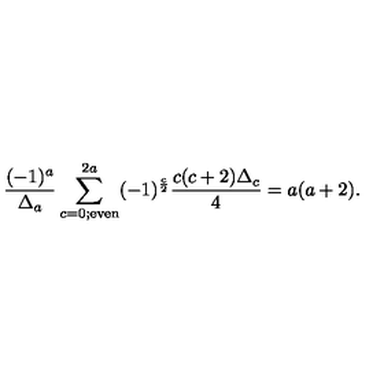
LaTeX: { \frac { ( - 1 ) ^ { a } } { \Delta _ { a } } } \sum _ { c = 0 ; \mathrm { e v e n } } ^ { 2 a } ( - 1 ) ^ { \frac { c } { 2 } } { \frac { c ( c + 2 ) \Delta _ { c } } { 4 } } = a ( a + 2 ) .